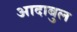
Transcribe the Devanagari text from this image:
आदाबुल